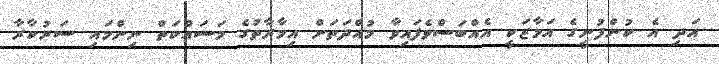
އަދި އެ ކުންފުނީގެ އަމާޒަކީ އެއްބަސްވެފައިވާ މުއްދަތަށް އިމާރާތުގެ މަސައްކަތް ނިންމައި ސަރުކާރާ